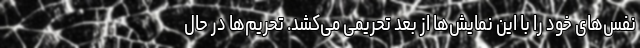
نفس‌های خود را با این نمایش‌ها از بعد تحریمی می‌کشد. تحریم‌ها در حال